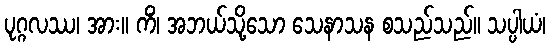
ပုဂ္ဂလဿ၊ အား။ ကိံ၊ အဘယ်သို့သော သေနာသန စသည်သည်။ သပ္ပါယံ၊